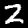
Label: 2